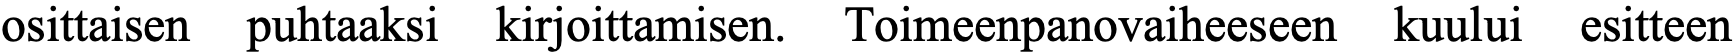
osittaisen puhtaaksi kirjoittamisen. Toimeenpanovaiheeseen kuului esitteen